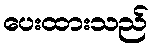
ပေးထားသည်